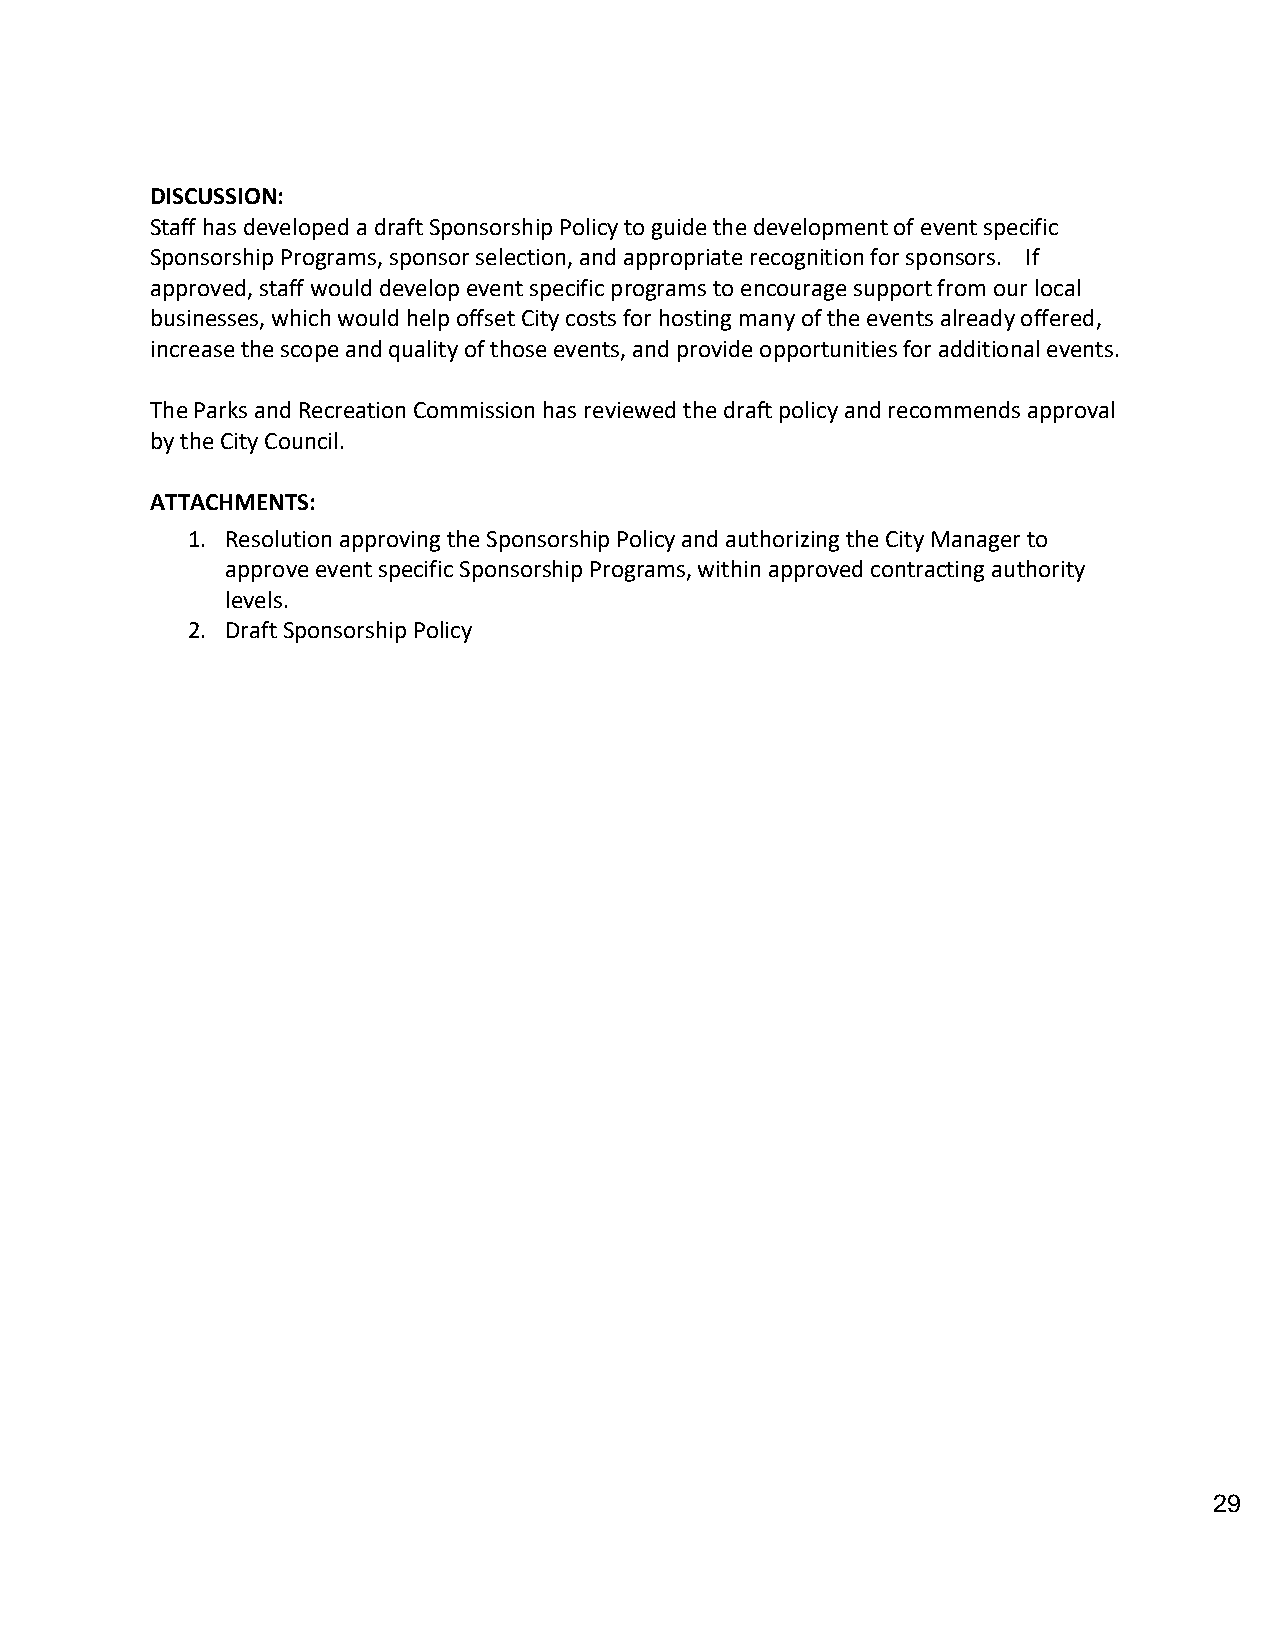
DISCUSSION:
 Staff has developed a draft Sponsorship Policy to guide the development of event specific
 Sponsorship Programs, sponsor selection, and appropriate recognition for sponsors. If
 approved, staff would develop event specific programs to encourage support from our local
 businesses, which would help offset City costs for hosting many of the events already offered,
 increase the scope and quality of those events, and provide opportunities for additional events.
 The Parks and Recreation Commission has reviewed the draft policy and recommends approval
 by the City Council.
 ATTACHMENTS:
 1. Resolution approving the Sponsorship Policy and authorizing the City Manager to
 approve event specific Sponsorship Programs, within approved contracting authority
 levels.
 2. Draft Sponsorship Policy
 29